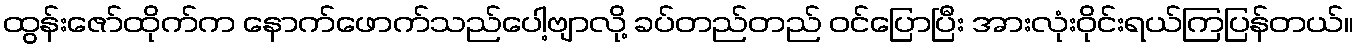
ထွန်းဇော်ထိုက်က နောက်ဖောက်သည်ပေါ့ဗျာလို့ ခပ်တည်တည် ဝင်ပြောပြီး အားလုံးဝိုင်းရယ်ကြပြန်တယ်။